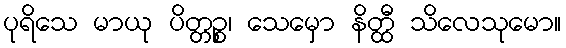
ပုရိသေ မာယု ပိတ္တဉ္စ၊ သေမှော နိတ္ထီ သိလေသုမော။